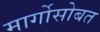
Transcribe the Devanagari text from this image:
मार्गोसोबत